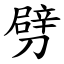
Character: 劈